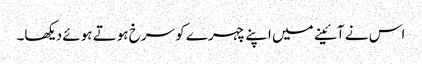
اس نے آئینے میں اپنے چہرے کو سرخ ہوتے ہوئے دیکھا۔